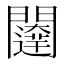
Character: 𮤨